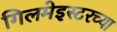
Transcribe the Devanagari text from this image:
गिलमेइस्टरच्या